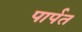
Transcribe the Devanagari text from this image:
पार्पत